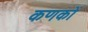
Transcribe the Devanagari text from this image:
कणकों